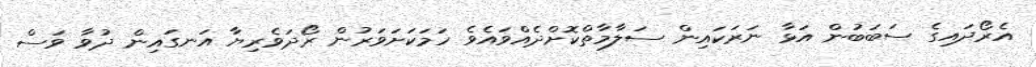
އެރޯދައިގެ ސަބަބުން އަޅާ ނަރަކައިން ސަލާމާތްކޮށްދެއްވައެވެ ހަމަކަށަވަރުން ރޯދަވެރިޔާ އަނގައިން ދުވާ ވަސް